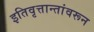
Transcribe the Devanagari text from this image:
इतिवृत्तान्तांवरून